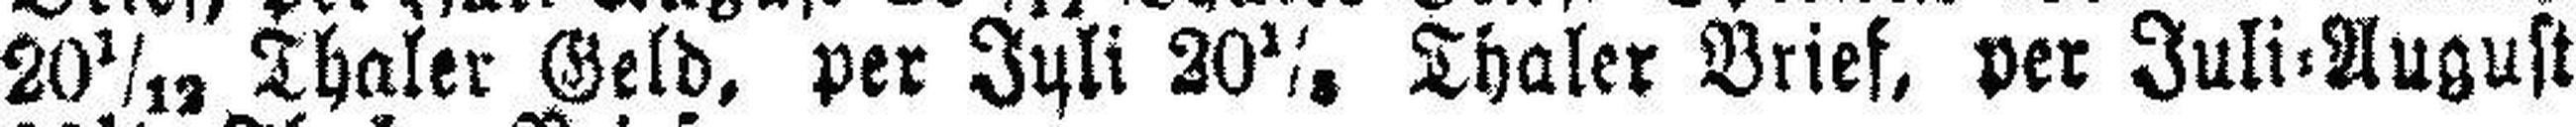
20 1/12 Thaler Geld, per Juli 20⅕ Thaler Brief, per Juli=August